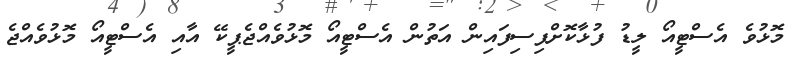
މޮޅުވެ އެސްޓީއޯ ލީޑު ފުޅާކޮށްފިސިފައިން އަތުން އެސްޓީއޯ މޮޅުވެއްޖެޕީކޭ އާއި އެސްޓީއޯ މޮޅުވެއްޖެ